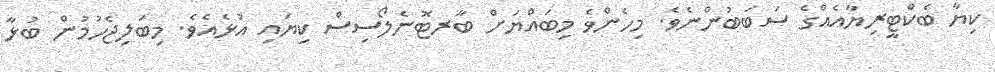
ކިޔާ ބެކްޓީރިޔާއެއްގެ ސަބަބުންނެވެ. މިހެންވެ މިބައްޔަށް ބާރޓޮނެލޯސިސް ކިޔައި އުޅެއެވެ. މިބަލިޖެހުމުން ބުޅާ